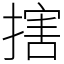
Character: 搳